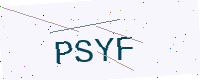
Text: PSYF